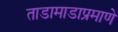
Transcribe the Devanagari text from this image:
ताडामाडाप्रमाणे